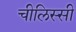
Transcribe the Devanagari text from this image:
चीलिस्सी